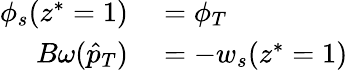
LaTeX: \begin{array}{rl}{\phi_{s}(z^{*}=1)}&{{}=\phi_{T}}\\ {B\omega(\hat{p}_{T})}&{{}=-w_{s}(z^{*}=1)}\end{array}